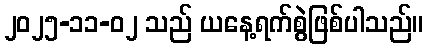
၂၀၂၅-၁၁-၀၂ သည် ယနေ့ရက်စွဲဖြစ်ပါသည်။